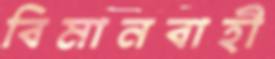
বিমানবাহী